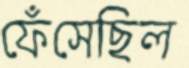
ফেঁসেছিল